system: You are a helpful assistant.
user:
Analyze the provided spectrum to determine if it is a **M-type Giant (gM)**.

A M-type Giant spectrum is defined by its **strong molecular absorption** features, particularly from **Titanium Oxide (TiO)**. You must check for one of the following mutually exclusive signatures:

- **Key Visual Indicators (Absorption-Dominated Spectrum):**

    - **(Primary):** The spectrum is dominated by strong molecular absorption from **Titanium Oxide (TiO)**. This is the **defining feature** of its M-type temperature class.
        - **(Key Bandheads):** Look for sharp, "saw-tooth" absorption valleys. The strongest are located near **~7050 Å**, **~6160 Å**, and **~5170 Å**.
        - **(Line Profile):** The "saw-tooth" morphology is critical: a **sharp, steep drop on the BLUE (short-wavelength) side** of the bandhead, followed by a gradual recovery (rising flux) towards the RED (long-wavelength) side.

    - **(Key Confirmation - Giant vs. Dwarf):** **ABSENCE** of strong **Calcium Hydride (CaH)** molecular bands. This is the primary diagnostic for *excluding* M-dwarfs.
        - **(Key Region):** The spectrum should lack the strong, broad absorption band seen in dwarfs between **~6800 Å and ~7000 Å**.

    - **(Secondary Confirmation - Giant):** A very strong and broad **Neutral Calcium (Ca I)** atomic absorption line.
        - **(Key Line):** Located at **~4226 Å**. In a giant (gM), this line is significantly deeper and broader than the same line in an M-dwarf (dM) due to low surface gravity.

    - **(Overall Spectrum):**
        - The continuum is **extremely red-sloping** (i.e., flux is very low in the blue and rises dramatically towards the red).
        - The entire spectrum appears "chopped up" by the deep TiO bands.

Think first, call **spectral_visualization_tool** if needed to examine features in detail, then provide your final answer. Your response must adhere to the following strict rules:
1.  **Overall Structure:** Your response must follow the format `<think>...</think> <tool_call>...</tool_call> (if a tool is used) <answer>...</answer>`.
2.  **Tool Usage Constraint:** You may only make **one** tool call per turn.
3.  **Final Answer Format:** In the `<answer>` tag, your conclusion must be inside a `\boxed{}` command (e.g., `\boxed{YES}` or `\boxed{NO}`), followed by your justification.

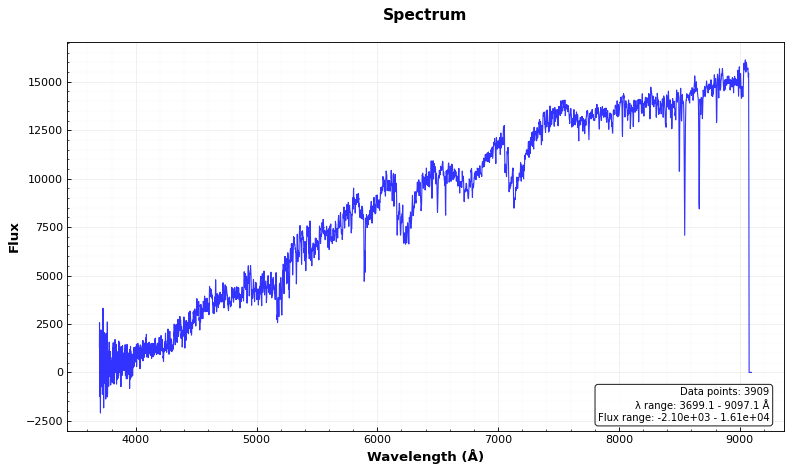
Answer: YES